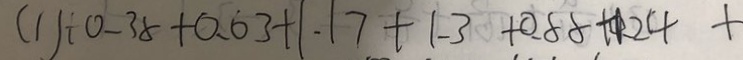
( 1 ) \div 0 . 3 8 + 0 . 6 3 + 1 . 1 7 + 1 . 3 + 0 . 8 8 + 1 . 2 4 +